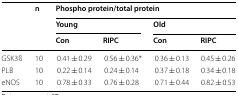
<table><thead><tr><td rowspan="3"></td><td rowspan="3"><b>n</b></td><td colspan="4"><b>Phospho protein/total protein</b></td></tr><tr><td colspan="2"><b>Young</b></td><td colspan="2"><b>Old</b></td></tr><tr><td><b>Con</b></td><td><b>RIPC</b></td><td><b>Con</b></td><td><b>RIPC</b></td></tr></thead><tbody><tr><td>GSK3ß</td><td>10</td><td>0.41 ± 0.29</td><td>0.56 ± 0.36*</td><td>0.36 ± 0.13</td><td>0.45 ± 0.26</td></tr><tr><td>PLB</td><td>10</td><td>0.22 ± 0.14</td><td>0.24 ± 0.14</td><td>0.37 ± 0.18</td><td>0.34 ± 0.18</td></tr><tr><td>eNOS</td><td>10</td><td>0.78 ± 0.33</td><td>0.76 ± 0.28</td><td>0.71 ± 0.44</td><td>0.82 ± 0.53</td></tr></tbody></table>